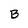
Character: B